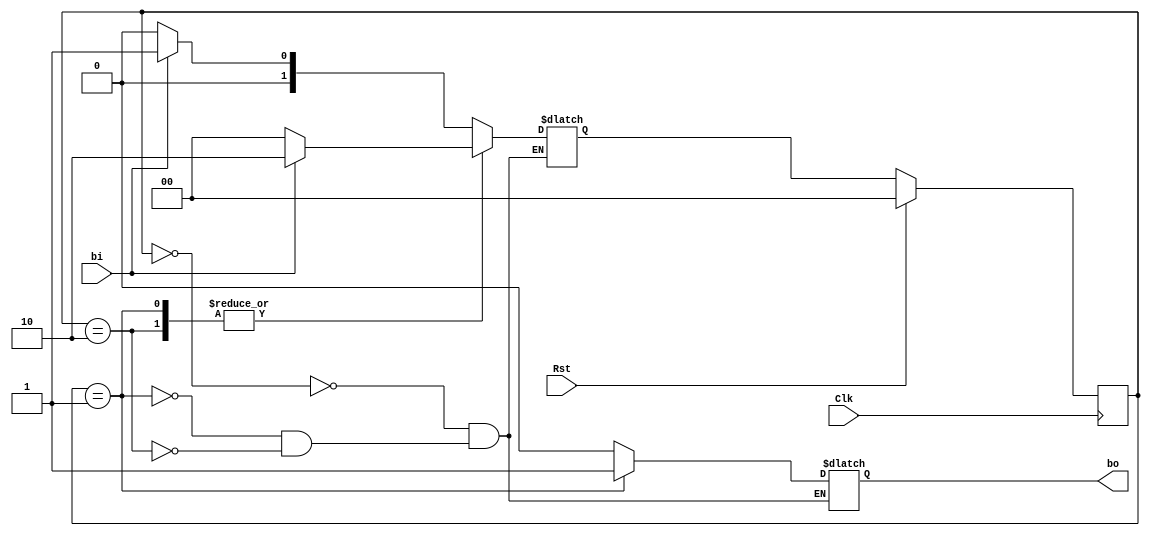
module ButtonSynchronizer(Clk, Rst, bi, bo);

	input Clk, Rst, bi;
	output reg bo;
	
	reg [1:0] state, newState;
	parameter OFF = 0, ON = 1, SYNC = 2;
	
	always @ (posedge Clk) begin
		if (Rst) begin
			state <= OFF;
		end
		else begin
			state <= newState;
		end
	end
	
	always @(state, bi) begin
		case (state)
			OFF: begin
				bo <= 0;
				if (bi) begin
					newState <= ON;
				end
				else begin
					newState <= OFF;
				end
			end
			ON: begin
				bo <= 1;
				if (bi) begin
					newState <= SYNC;
				end
				else begin
					newState <= OFF;
				end
			end
			SYNC: begin
				bo <= 0;
				if (bi) begin
					newState <= SYNC;
				end
				else begin
					newState <= OFF;
				end
			end
		endcase
	end
	
endmodule